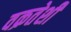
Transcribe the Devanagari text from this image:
वक्रतेशी